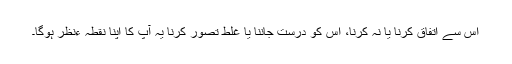
اس سے اتفاق کرنا یا نہ کرنا، اس کو درست جاننا یا غلط تصور کرنا یہ آپ کا اپنا نقطہ ءنظر ہوگا۔